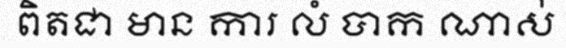
ពិតជា មាន ការ លំ បាក ណាស់